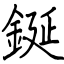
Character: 鋋